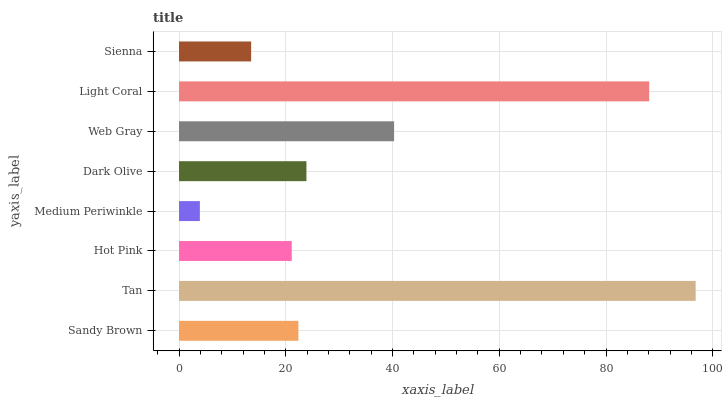
| yaxis_label | bars |
 | --- | --- |
 | Sandy Brown | 22.4 |
 | Tan | 96.8 |
 | Hot Pink | 21.1 |
 | Medium Periwinkle | 3.91 |
 | Dark Olive | 23.9 |
 | Web Gray | 40.3 |
 | Light Coral | 88.1 |
 | Sienna | 13.5 |